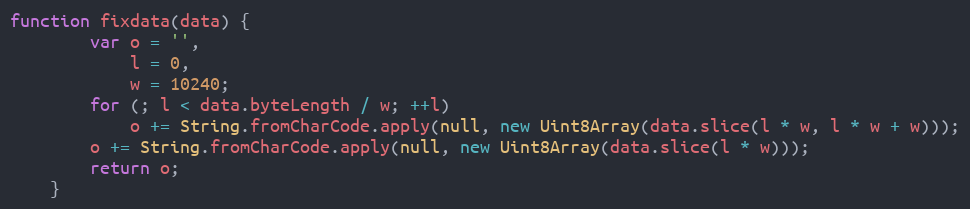
Language: JavaScript
function fixdata(data) {
		var o = '',
			l = 0,
			w = 10240;
		for (; l < data.byteLength / w; ++l)
			o += String.fromCharCode.apply(null, new Uint8Array(data.slice(l * w, l * w + w)));
		o += String.fromCharCode.apply(null, new Uint8Array(data.slice(l * w)));
		return o;
	}